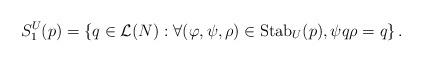
LaTeX: \begin{align*}S^U_1(p)=\left\{q\in \mathcal{L}(N): \forall (\varphi,\psi,\rho)\in \mathrm{Stab}_U(p), \psi q \rho=q\right\}.\end{align*}